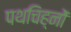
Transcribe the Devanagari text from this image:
पथचिह्नों